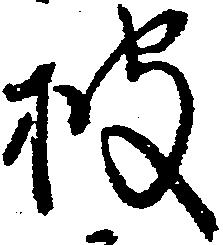
披